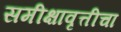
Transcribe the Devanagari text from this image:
समीक्षावृत्तीचा